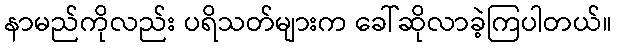
နာမည်ကိုလည်း ပရိသတ်များက ခေါ်ဆိုလာခဲ့ကြပါတယ်။